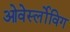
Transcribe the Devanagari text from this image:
ओवेर्स्लोविग